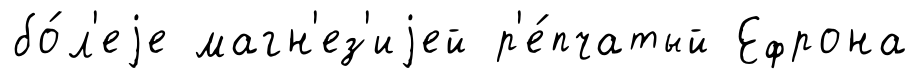
бо́л'еjе магн'ез'иjей р'е́пчатый Ефрона